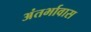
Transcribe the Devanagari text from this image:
अंतर्भावास